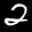
Label: 2